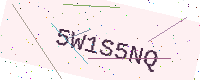
Text: 5W1S5NQ